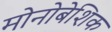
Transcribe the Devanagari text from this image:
मोनोबेशिक